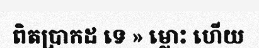
ពិតប្រាកដ ទេ » ម្លោះ ហើយ